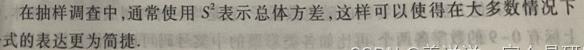
在抽样调查中,通常使用$S^{2}$表示总体方差,这样可以使得在大多数情况下式的表达更为简捷.